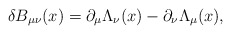
\begin{align*}\delta B_{\mu\nu} (x) = \partial_\mu \Lambda_\nu (x) - \partial_\nu\Lambda_\mu (x), \end{align*}